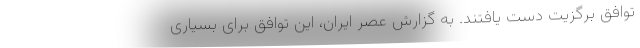
توافق برگزیت دست یافتند. به گزارش عصر ایران، این توافق برای بسیاری